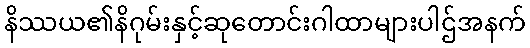
နိဿယ၏နိဂုမ်းနှင့်ဆုတောင်းဂါထာများပါဌ်အနက်